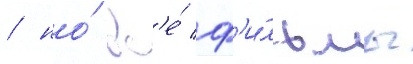
/ но́ вс'е́ ф'и́льмы